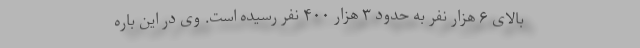
بالای ۶ هزار نفر به حدود ۳ هزار ۴۰۰ نفر رسیده است. وی در این باره